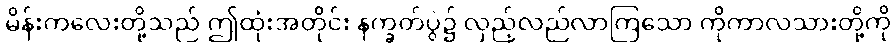
မိန်းကလေးတို့သည် ဤထုံးအတိုင်း နက္ခတ်ပွဲ၌ လှည့်လည်လာကြသော ကိုကာလသားတို့ကို